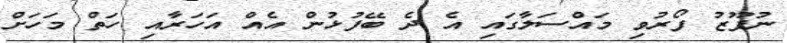
ނުފޫޒު ފޯރުވި މައްސަލާގައި އެ ދެ ބޭފުޅުން އެއް އަހަރާއި ހަތް މަހަށް